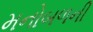
મનોબળની